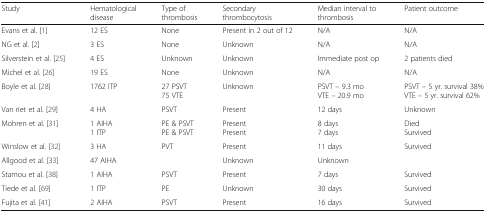
<table><thead><tr><td><b>Study</b></td><td><b>Hematological disease</b></td><td><b>Type of thrombosis</b></td><td><b>Secondary thrombocytosis</b></td><td><b>Median interval to thrombosis</b></td><td><b>Patient outcome</b></td></tr></thead><tbody><tr><td>Evans et al. [1]</td><td>12 ES</td><td>None</td><td>Present in 2 out of 12</td><td>N/A</td><td>N/A</td></tr><tr><td>NG et al. [2]</td><td>3 ES</td><td>None</td><td>Unknown</td><td>N/A</td><td>N/A</td></tr><tr><td>Silverstein et al. [25]</td><td>4 ES</td><td>Unknown</td><td>Unknown</td><td>Immediate post op</td><td>2 patients died</td></tr><tr><td>Michel et al. [26]</td><td>19 ES</td><td>None</td><td>Unknown</td><td>N/A</td><td>N/A</td></tr><tr><td>Boyle et al. [28]</td><td>1762 ITP</td><td>27 PSVT75 VTE</td><td>Unknown</td><td>PSVT – 9.3 moVTE – 20.9 mo</td><td>PSVT – 5 yr. survival 38%VTE – 5 yr. survival 62%</td></tr><tr><td>Van riet et al. [29]</td><td>4 HA</td><td>PSVT</td><td>Present</td><td>12 days</td><td>Unknown</td></tr><tr><td>Mohren et al. [31]</td><td>1 AIHA1 ITP</td><td>PE &amp; PSVTPE &amp; PSVT</td><td>PresentPresent</td><td>8 days7 days</td><td>DiedSurvived</td></tr><tr><td>Winslow et al. [32]</td><td>3 HA</td><td>PVT</td><td>Present</td><td>11 days</td><td>Survived</td></tr><tr><td>Allgood et al. [33]</td><td>47 AIHA</td><td></td><td>Unknown</td><td>Unknown</td><td></td></tr><tr><td>Stamou et al. [38]</td><td>1 AIHA</td><td>PSVT</td><td>Present</td><td>7 days</td><td>Survived</td></tr><tr><td>Tiede et al. [69]</td><td>1 ITP</td><td>PE</td><td>Unknown</td><td>30 days</td><td>Survived</td></tr><tr><td>Fujita et al. [41]</td><td>2 AIHA</td><td>PSVT</td><td>Present</td><td>16 days</td><td>Survived</td></tr></tbody></table>